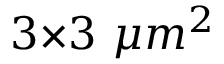
3 { \times } 3 \ { \mu } m ^ { 2 }